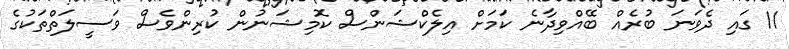
11 ގައި ދެވަނަ ބުރެއް ބޭއްވިދާނެ ކަމަށް އިލެކްޝަންސް ކޮމިޝަނުން ކުރިންވެސް ވަސީލަތްތަކުގެ